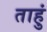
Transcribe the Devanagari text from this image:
ताहुं